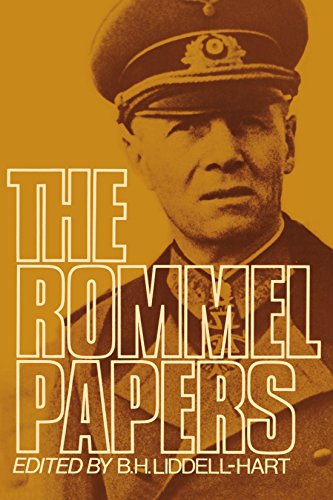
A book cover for The Rommel Papers; History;